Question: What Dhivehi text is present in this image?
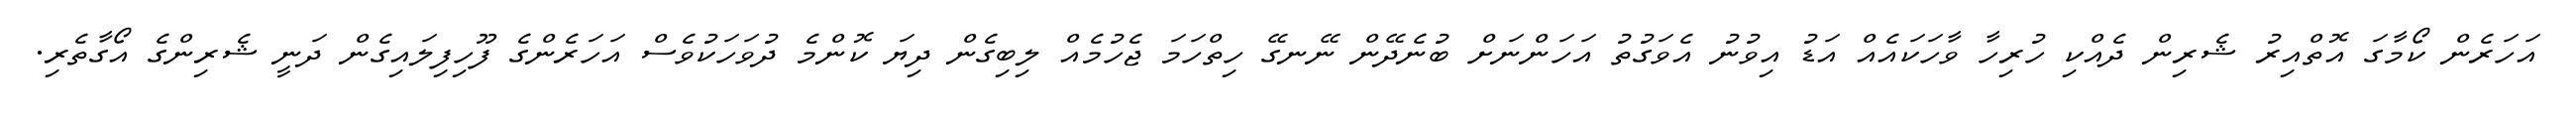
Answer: އަހަރެން ކޯމާގަ އޮތްއިރު ޝެރިން ދެއްކި ހުރިހާ ވާހަކައެއް އަޑު އިވުނު އެވަގުތު އަހަންނަށް ބުނެދޭން ނޭނގޭ ހިތްހަމަ ޖެހުމެއް ލިބިގެން ދިޔަ ކޮންމެ ދުވަހަކުވެސް އަހަރެންގެ ފޫހިފިލައިގެން ދަނީ ޝެރިންގެ އޯގާތެރި.